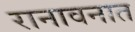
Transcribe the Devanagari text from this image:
रानावनात